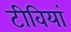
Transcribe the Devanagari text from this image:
टीवियां